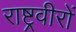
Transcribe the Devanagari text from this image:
राष्ट्रवीरों